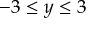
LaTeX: - 3 \leq y \leq 3